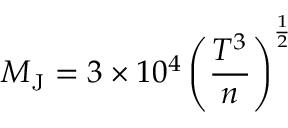
M _ { \mathrm { J } } = 3 \times 1 0 ^ { 4 } \left( { \frac { T ^ { 3 } } { n } } \right) ^ { \frac { 1 } { 2 } }